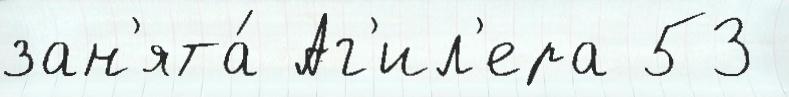
зан'ята́ Аг'ил'ера 53